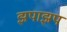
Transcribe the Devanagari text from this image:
झपाझप